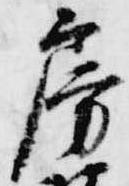
房